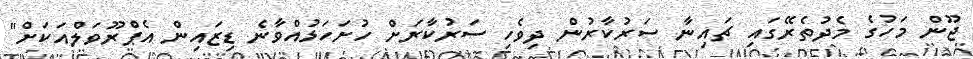
ޖޫން މަހުގެ މެދުތެރޭގައި ޗައިނާ ސަރުކާރުން ދިވެހި ސަރުކާރަށް ހުށަހަޅުއްވާނެ ޑިޒައިން އެޕްރޫވަލްއަަކަށް"